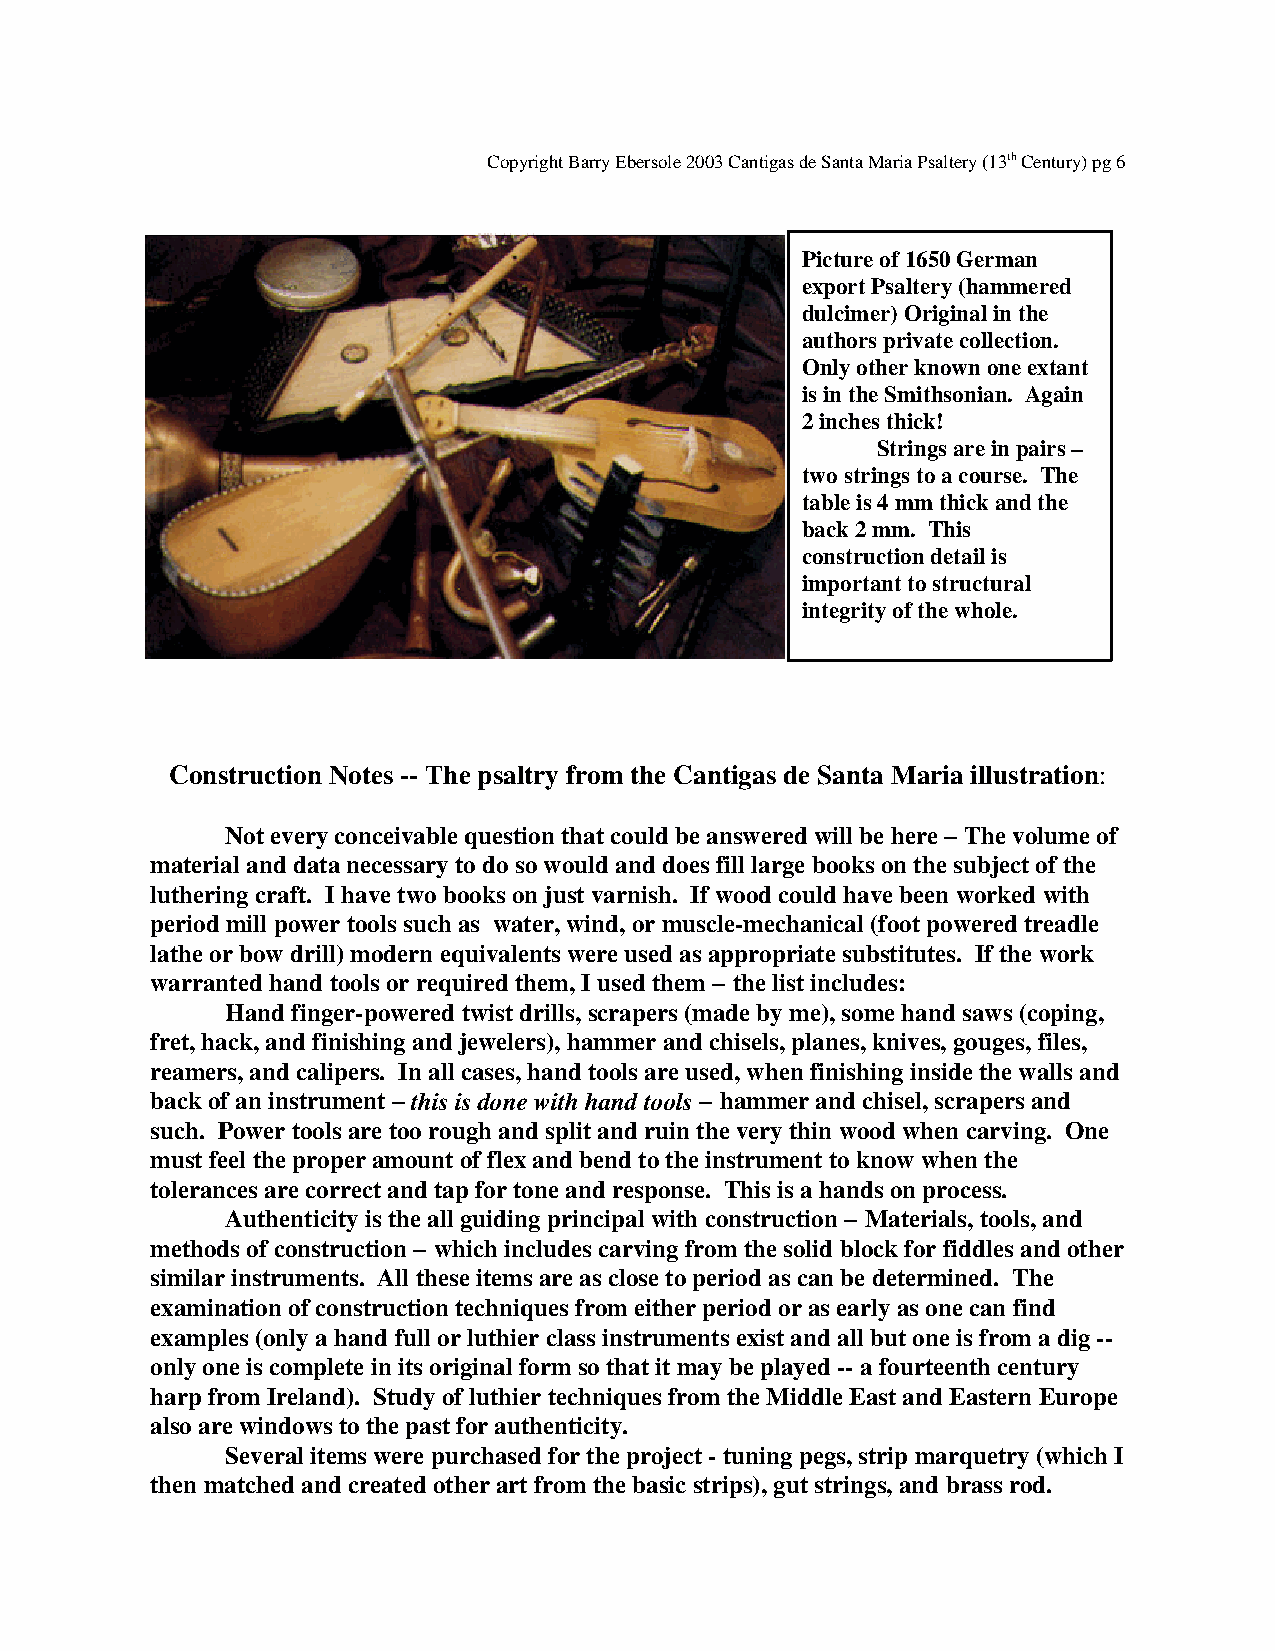
Copyright Barry Ebersole 2003 Cantigas de Santa Maria Psaltery (13th Century) pg 6
 Picture of 1650 German
 export Psaltery (hammered
 dulcimer) Original in the
 authors private collection.
 Only other known one extant
 is in the Smithsonian. Again
 2 inches thick!
 Strings are in pairs –
 two strings to a course. The
 table is 4 mm thick and the
 back 2 mm. This
 construction detail is
 important to structural
 integrity of the whole.
 Construction Notes -- The psaltry from the Cantigas de Santa Maria illustration:
 Not every conceivable question that could be answered will be here – The volume of
 material and data necessary to do so would and does fill large books on the subject of the
 luthering craft. I have two books on just varnish. If wood could have been worked with
 period mill power tools such as water, wind, or muscle-mechanical (foot powered treadle
 lathe or bow drill) modern equivalents were used as appropriate substitutes. If the work
 warranted hand tools or required them, I used them – the list includes:
 Hand finger-powered twist drills, scrapers (made by me), some hand saws (coping,
 fret, hack, and finishing and jewelers), hammer and chisels, planes, knives, gouges, files,
 reamers, and calipers. In all cases, hand tools are used, when finishing inside the walls and
 back of an instrument – this is done with hand tools – hammer and chisel, scrapers and
 such. Power tools are too rough and split and ruin the very thin wood when carving. One
 must feel the proper amount of flex and bend to the instrument to know when the
 tolerances are correct and tap for tone and response. This is a hands on process.
 Authenticity is the all guiding principal with construction – Materials, tools, and
 methods of construction – which includes carving from the solid block for fiddles and other
 similar instruments. All these items are as close to period as can be determined. The
 examination of construction techniques from either period or as early as one can find
 examples (only a hand full or luthier class instruments exist and all but one is from a dig --
 only one is complete in its original form so that it may be played -- a fourteenth century
 harp from Ireland). Study of luthier techniques from the Middle East and Eastern Europe
 also are windows to the past for authenticity.
 Several items were purchased for the project - tuning pegs, strip marquetry (which I
 then matched and created other art from the basic strips), gut strings, and brass rod.